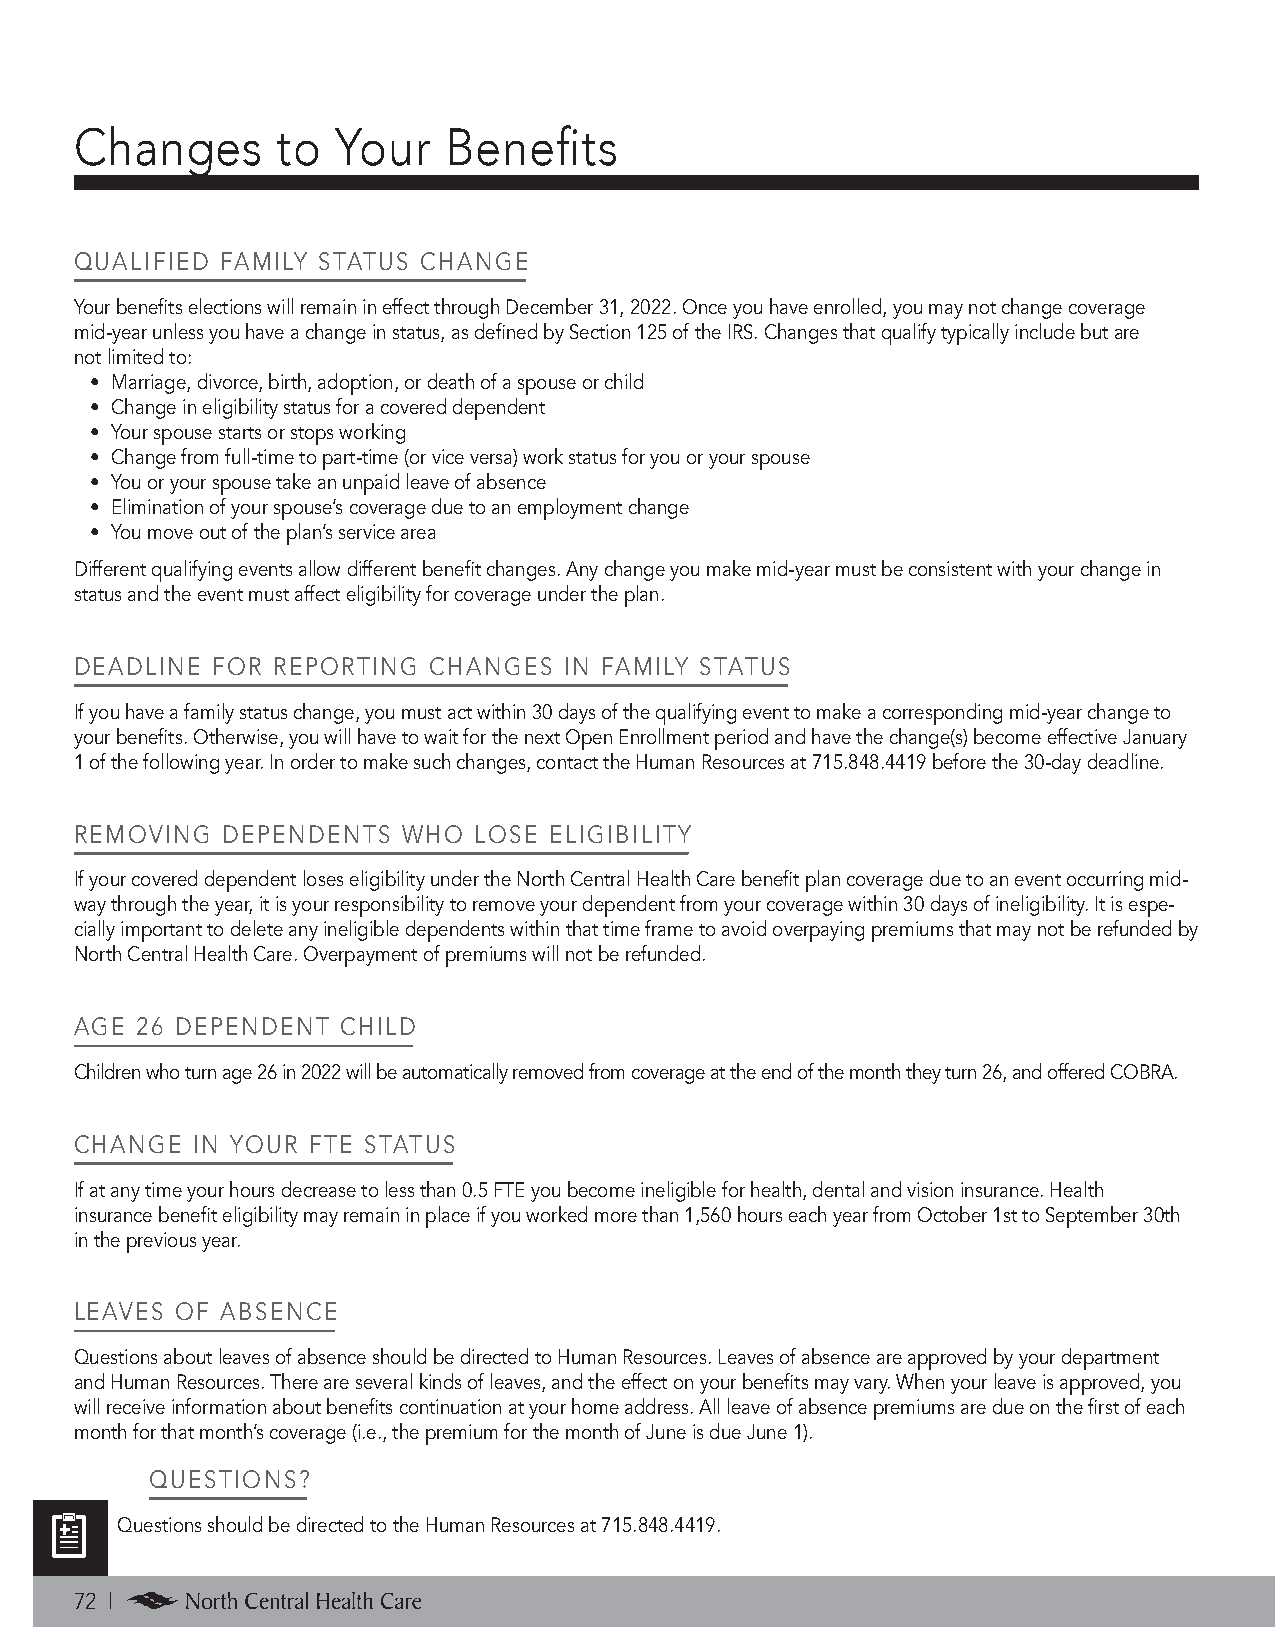
Changes      to  Your   Benefits
 QUALIFIED FAMILY STATUS CHANGE
 Your benefits elections will remain in effect through December 31, 2022. Once you have enrolled, you may not change covera ge
 mid-year unless you have a change in status, as defined by Section 125 of the IRS. Changes that qualify typically include but are
 not limited to:
 • Marriage, divorce, birth, adoption, or death of a spouse or child
 • Change in eligibility status for a covered dependent
 • Your spouse starts or stops working
 • Change from full-time to part-time (or vice versa) work status for you or your spouse
 • You or your spouse take an unpaid leave of absence
 • Elimination of your spouse’s coverage due to an employment change
 • You move out of the plan’s service area
 Different qualifying events allow different benefit changes. Any change you make mid-year must be consistent with your change in
 status and the event must affect eligibility for coverage under the plan.
 DEADLINE FOR REPORTING CHANGES  IN FAMILY STATUS
 If you have a family status change, you must act within 30 days of the qualifying event to make a corresponding mid-year change to
 your benefits. Otherwise, you will have to wait for the next Open Enrollment period and have the change(s) become effective January
 1 of the following year. In order to make such changes, contact the Human Resources at 715.848.4419 before the 30-day deadline.
 REMOVING  DEPENDENTS  WHO LOSE ELIGIBILITY
 If your covered dependent loses eligibility under the North Central Health Care benefit plan coverage due to an event occurring mid-
 way through the year, it is your responsibility to remove your depen dent from your coverage within 30 days of ineligibility. It is espe-
 cially important to delete any ineligible dependents within that time frame to avoid overpaying premiums that may not be refunded by
 North Central Health Care. Overpayment of premiums will not be refunded.
 AGE 26 DEPENDENT  CHILD
 Children who turn age 26 in 2022 will be automatically removed from coverage at the end of the month they turn 26, and offered COBRA.
 CHANGE  IN YOUR FTE STATUS
 If at any time your hours decrease to less than 0.5 FTE you become ineligible for health, dental and vision insurance. Health
 insurance benefit eligibility may remain in place if you worked more than 1,560 hours each year from October 1st to September 30th
 in the previous year.
 LEAVES OF ABSENCE
 Questions about leaves of absence should be directed to Human Resources. Leaves of absence are approved by your department
 and Human Resources. There are several kinds of leaves, and the effect on your benefits may vary. When your leave is approved, you
 will receive information about benefits continuation at your home address. All leave of absence premiums are due on the first of each
 month for that month’s coverage (i.e., the premium for the month of June is due June 1).
 QUESTIONS?
 Questions should be directed to the Human Resources at 715.848.4419.
 72 |